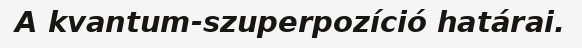
A kvantum-szuperpozíció határai.